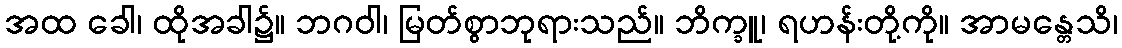
အထ ခေါ၊ ထိုအခါ၌။ ဘဂဝါ၊ မြတ်စွာဘုရားသည်။ ဘိက္ခူ၊ ရဟန်းတို့ကို။ အာမန္တေသိ၊